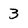
Character: 3